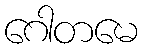
ဂေါတမေ